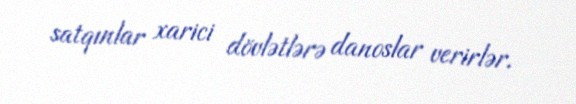
satqınlar xarici dövlətlərə danoslar verirlər.